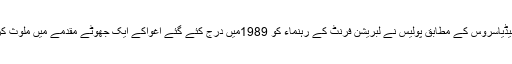
کشمیرمیڈیاسروس کے مطابق پولیس نے لبریشن فرنٹ کے رہنماء کو 1989میں درج کئے گئے اغواکے ایک جھوٹے مقدمے میں ملوث کردیاہے۔